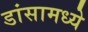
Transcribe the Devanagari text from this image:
डांसामध्ये